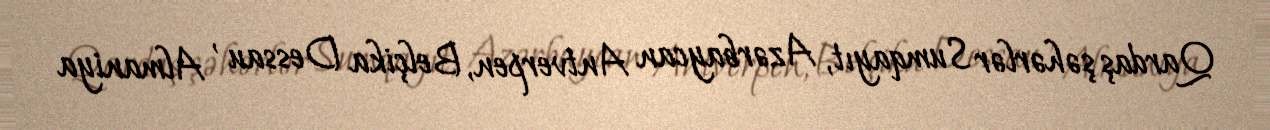
Qardaş şəhərlər Sumqayıt, Azərbaycan Antverpen, Belçika Dessau , Almaniya